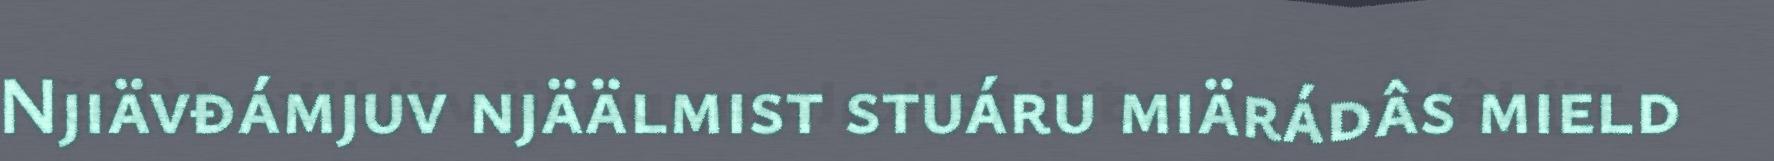
Njiävđámjuv njäälmist stuáru miärádâs mield